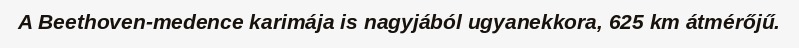
A Beethoven-medence karimája is nagyjából ugyanekkora, 625 km átmérőjű.